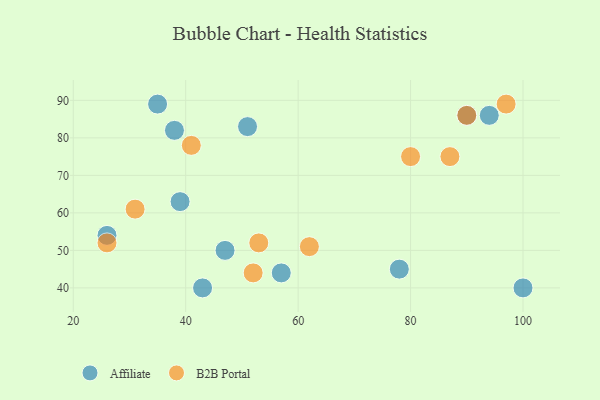
{"axis": {"x": "GDP", "y": "Life Expectancy"}, "legend": ["Affiliate", "B2B Portal"], "data": [{"x": "26", "y": 54, "type": "Affiliate"}, {"x": "57", "y": 44, "type": "Affiliate"}, {"x": "35", "y": 89, "type": "Affiliate"}, {"x": "43", "y": 40, "type": "Affiliate"}, {"x": "90", "y": 86, "type": "Affiliate"}, {"x": "38", "y": 82, "type": "Affiliate"}, {"x": "51", "y": 83, "type": "Affiliate"}, {"x": "47", "y": 50, "type": "Affiliate"}, {"x": "100", "y": 40, "type": "Affiliate"}, {"x": "78", "y": 45, "type": "Affiliate"}, {"x": "94", "y": 86, "type": "Affiliate"}, {"x": "39", "y": 63, "type": "Affiliate"}, {"x": "62", "y": 51, "type": "B2B Portal"}, {"x": "80", "y": 75, "type": "B2B Portal"}, {"x": "90", "y": 86, "type": "B2B Portal"}, {"x": "87", "y": 75, "type": "B2B Portal"}, {"x": "41", "y": 78, "type": "B2B Portal"}, {"x": "53", "y": 52, "type": "B2B Portal"}, {"x": "97", "y": 89, "type": "B2B Portal"}, {"x": "52", "y": 44, "type": "B2B Portal"}, {"x": "31", "y": 61, "type": "B2B Portal"}, {"x": "26", "y": 52, "type": "B2B Portal"}]}